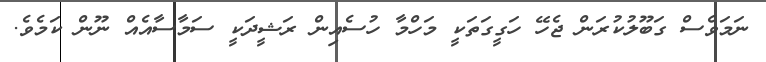
ނަމަވެސް ގަބޫލުކުރަން ޖެހޭ ހަގީގަތަކީ މަހްމާ ހުސެއިން ރަޝީދަކީ ސަމާސާއެއް ނޫން ކަމެވެ.